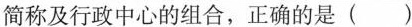
简称及行政中心的组合，正确的是（ ）